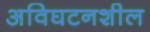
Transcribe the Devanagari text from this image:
अविघटनशील